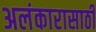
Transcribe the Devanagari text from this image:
अलंकारासाठी